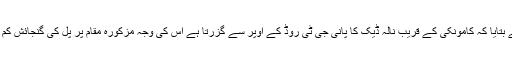
انہوں نے بتایا کہ کامونکی کے قریب نالہ ڈیک کا پانی جی ٹی روڈ کے اوپر سے گزرتا ہے اس کی وجہ مزکورہ مقام پر پل کی گنجائش کم ہونا ہے۔